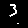
Digit: 3